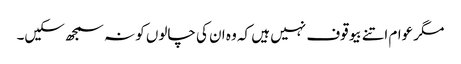
مگر عوام اتنے بیوقوف نہیں ہیں کہ وہ ان کی چالوں کو نہ سمجھ سکیں۔